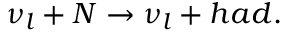
\nu _ { l } + N \rightarrow \nu _ { l } + h a d .